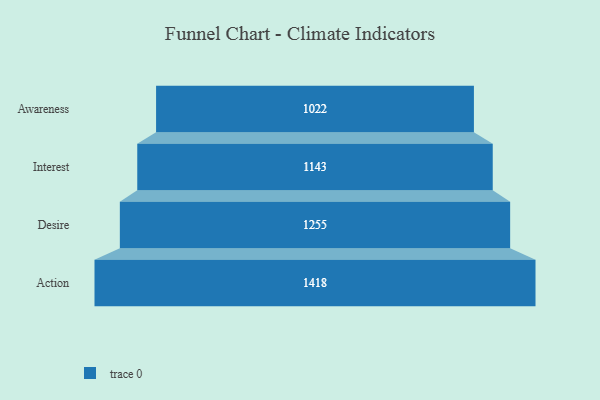
{"axis": {"x": "Stage", "y": "Value"}, "legend": [""], "data": [{"x": "Awareness", "y": 1022.0, "type": ""}, {"x": "Interest", "y": 1143.0, "type": ""}, {"x": "Desire", "y": 1255.0, "type": ""}, {"x": "Action", "y": 1418.0, "type": ""}]}